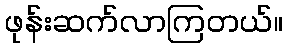
ဖုန်းဆက်လာကြတယ်။